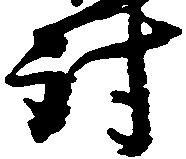
討